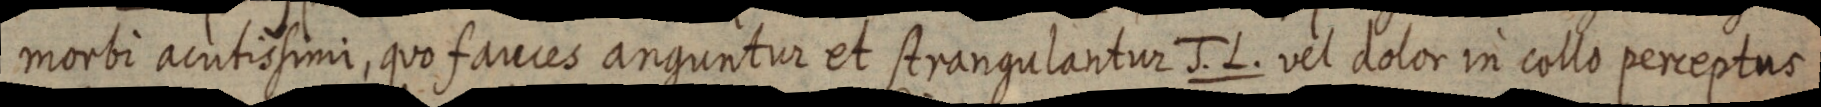
morbi acutissimi, quo fauces anguntur et strangulantur J. L. vel dolor in collo perceptus